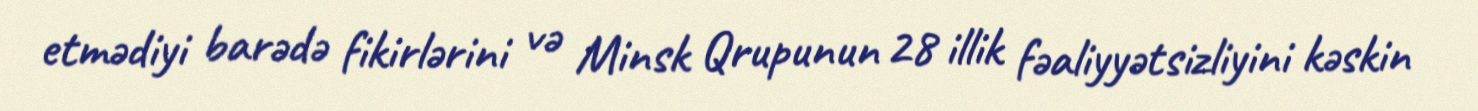
etmədiyi barədə fikirlərini və Minsk Qrupunun 28 illik fəaliyyətsizliyini kəskin